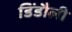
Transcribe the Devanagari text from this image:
डिंडौली